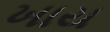
ખાય